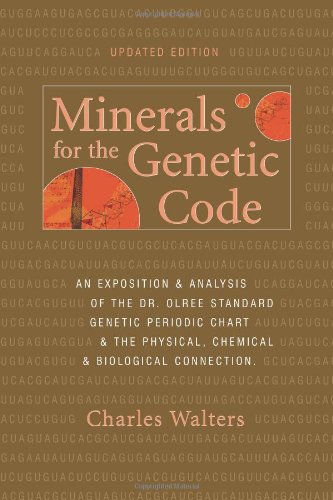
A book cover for Minerals for the Genetic Code; Charles Walters; Science & Math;